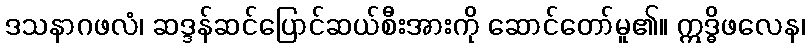
ဒသနာဂဖလံ၊ ဆဒ္ဒန်ဆင်ပြောင်ဆယ်စီးအားကို ဆောင်တော်မူ၏။ ဣဒ္ဓိဖလေန၊